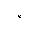
Letter: _hamza